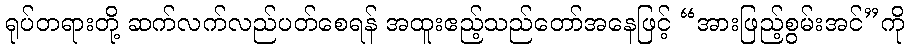
ရုပ်တရားတို့ ဆက်လက်လည်ပတ်စေရန် အထူးဧည့်သည်တော်အနေဖြင့် “အားဖြည့်စွမ်းအင်”ကို